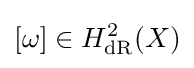
[\omega ]\in H_{\text{dR}}^{2}(X)